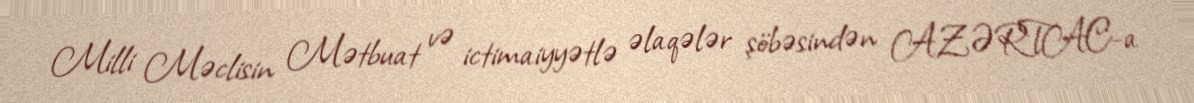
Milli Məclisin Mətbuat və ictimaiyyətlə əlaqələr şöbəsindən AZƏRTAC-a